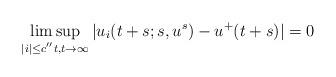
LaTeX: \begin{align*}\limsup_{|i|\le c^{''}t,t\to\infty}|u_i(t+s;s,u^s)-u^+(t+s)|=0\end{align*}